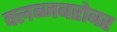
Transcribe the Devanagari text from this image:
क्लब्जबरोबर